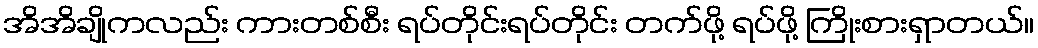
အိအိချိုကလည်း ကားတစ်စီး ရပ်တိုင်းရပ်တိုင်း တက်ဖို့ ရပ်ဖို့ ကြိုးစားရှာတယ်။